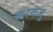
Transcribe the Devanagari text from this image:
कायजु